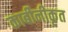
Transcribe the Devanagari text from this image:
कार्बीनीकृत